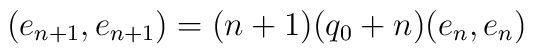
(e_{n+1},e_{n+1})=(n+1)(q_0+n)(e_n,e_n)